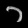
Digit: ၁